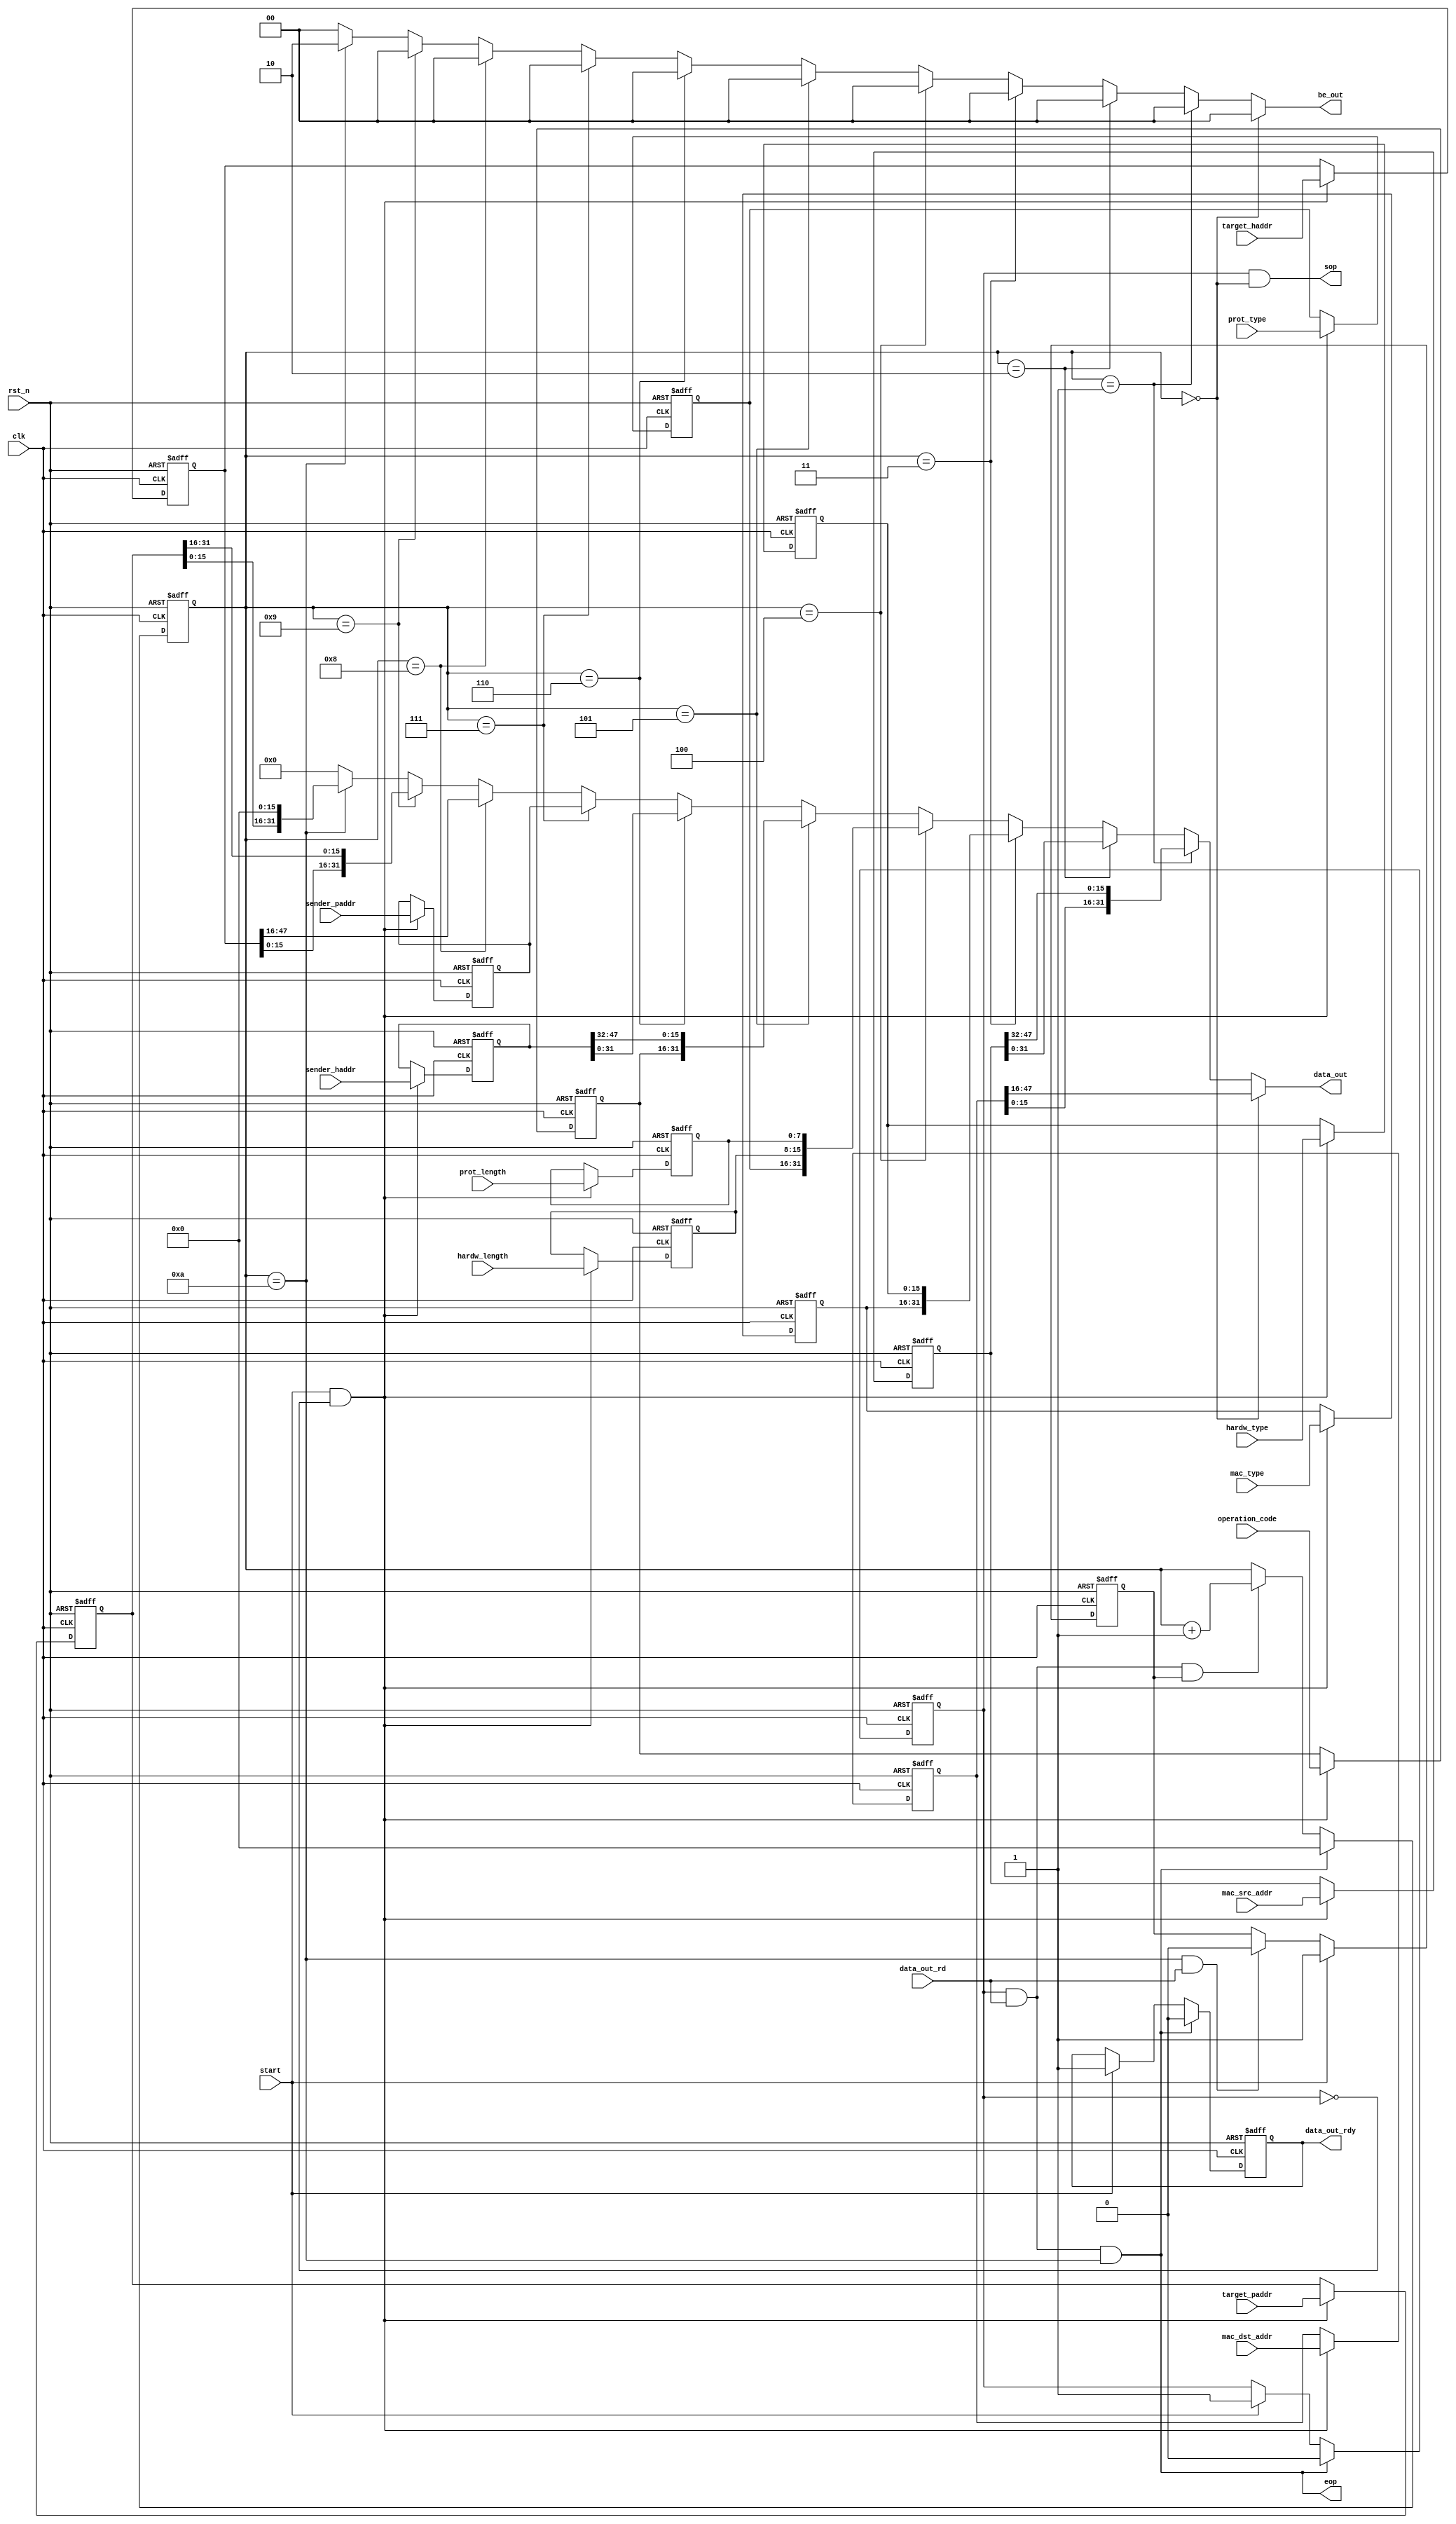
module arp_transmitter
(
	input				clk
	,input			rst_n
	
	//control signals
	,input					start
	
	//output data + controls
	,output	[31:0]		data_out
	,output	[ 1:0]		be_out
	,output					data_out_rdy
	,input					data_out_rd
	,output					sop
	,output					eop
	
	//
	,input	[47:0]		mac_src_addr
	,input	[47:0]		mac_dst_addr
	,input	[15:0]		mac_type	
	
	//input parameters
	,input	[15:0]		hardw_type
	,input	[15:0]		prot_type
	,input	[ 7:0]		hardw_length
	,input	[ 7:0]		prot_length
	,input	[15:0]		operation_code
	
	,input	[47: 0]		sender_haddr
	,input	[31: 0]		sender_paddr
	,input	[47: 0]		target_haddr
	,input	[31: 0]		target_paddr	
);

reg	[47:0]	mac_src_addr_r;
reg	[47:0]	mac_dst_addr_r;
reg	[15:0]	mac_type_r;

reg	[15:0]	hardw_type_r;
reg	[15:0]	prot_type_r;
reg	[ 7:0]	hardw_length_r;
reg	[ 7:0]	prot_length_r;
reg	[15:0]	operation_code_r;	
	
reg	[47: 0]	sender_haddr_r;
reg	[31: 0]	sender_paddr_r;
reg	[47: 0]	target_haddr_r;
reg	[31: 0]	target_paddr_r;	

//--------------------------------

reg				work_r;
reg				data_out_rdy_r;
wire				stop;
reg	[15:0]	head_ptr;
reg				head_ph;

//--------------------------------

//WORK SIGNAL
always @(posedge clk or negedge rst_n)
	if (!rst_n)				work_r <= 1'b0;
	else if (stop)			work_r <= 1'b0;
	else if (start)		work_r <= 1'b1;
	
//HEADER POINTER
always @(posedge clk or negedge rst_n)
	if (!rst_n)				head_ph <= 1'b0;
	else if (start)		head_ph <= 1'b1;
	else if ((head_ptr == 16'd10) & data_out_rd)
								head_ph <= 1'b0;
	
//HEADER POINTER
always @(posedge clk or negedge rst_n)
	if (!rst_n)													head_ptr <= 16'b0;
	else if (stop)												head_ptr <= 16'b0;
	else if (work_r & data_out_rd & head_ph)			head_ptr <= head_ptr + 4'd1;
	
//START OPERATION
assign sop = work_r & (head_ptr == 16'd0);

//END OPERATION
assign eop = stop;

assign data_out	 		=	(head_ptr == 16'd0)  ? mac_dst_addr_r[47:16]:
									(head_ptr == 16'd1)  ? {mac_dst_addr_r[15: 0], mac_src_addr_r[47:32]}:
									(head_ptr == 16'd2)  ? mac_src_addr_r[31:0]:
									(head_ptr == 16'd3)  ? {mac_type_r, hardw_type_r}:
									(head_ptr == 16'd4)  ? {prot_type_r, hardw_length_r, prot_length_r}:
									(head_ptr == 16'd5)  ? {operation_code_r, sender_haddr_r[47:32]}:
									(head_ptr == 16'd6)  ? {sender_haddr_r[31:0]}:									
									(head_ptr == 16'd7)  ? {sender_paddr_r}:
									(head_ptr == 16'd8)  ? {target_haddr_r[47:16]}:
									(head_ptr == 16'd9)  ? {target_haddr_r[15:0], target_paddr_r[31:16]}:
									(head_ptr == 16'd10) ? {target_paddr_r[15:0], {16{1'b0}}}:
									32'h0;									
									
assign be_out		 		=	(head_ptr == 4'd0)  ? 2'b00:
									(head_ptr == 4'd1)  ? 2'b00:
									(head_ptr == 4'd2)  ? 2'b00:
									(head_ptr == 4'd3)  ? 2'b00:
									(head_ptr == 4'd4)  ? 2'b00:
									(head_ptr == 4'd5)  ? 2'b00:
									(head_ptr == 4'd6)  ? 2'b00:
									(head_ptr == 4'd7)  ? 2'b00:
									(head_ptr == 4'd8)  ? 2'b00:
									(head_ptr == 4'd9)  ? 2'b00:
									(head_ptr == 4'd10) ? 2'b10:									
									2'b00;									

always @(posedge clk or negedge rst_n)
	if (!rst_n)			data_out_rdy_r <= 1'b0;
	else if (stop)		data_out_rdy_r <= 1'b0;
	else if (start)	data_out_rdy_r <= 1'b1;				

assign data_out_rdy = data_out_rdy_r;

assign stop = work_r & data_out_rd & (head_ptr == 16'd10);
//-------------------------------------------------------------------------------------------------------------	

//MAC SOURCE ADDRESS REGISTER
always @(posedge clk or negedge rst_n)
	if (!rst_n)								mac_src_addr_r <= 48'b0;
	else if (start & !work_r)			mac_src_addr_r <= mac_src_addr;

//MAC DESTINATION ADDRESS REGISTER
always @(posedge clk or negedge rst_n)
	if (!rst_n)								mac_dst_addr_r <= 48'b0;
	else if (start & !work_r)			mac_dst_addr_r <= mac_dst_addr;

//MAC TYPE
always @(posedge clk or negedge rst_n)
	if (!rst_n)								mac_type_r <= 16'b0;
	else if (start & !work_r)			mac_type_r <= mac_type;

//-------------------------------------------------------------------------------------------------------------
//HARDWARE TYPE
always @(posedge clk or negedge rst_n)
	if (!rst_n)								hardw_type_r <= 16'b0;
	else if (start & !work_r)			hardw_type_r <= hardw_type;
	
//PROTOCOL TYPE	
always @(posedge clk or negedge rst_n)
	if (!rst_n)								prot_type_r <= 16'b0;
	else if (start & !work_r)			prot_type_r <= prot_type;

//HARDWARE LENGTH	
always @(posedge clk or negedge rst_n)
	if (!rst_n)								hardw_length_r <= 8'b0;
	else if (start & !work_r)			hardw_length_r <= hardw_length;
	
//PROTOCOL LENGTH	
always @(posedge clk or negedge rst_n)
	if (!rst_n)								prot_length_r <= 8'b0;
	else if (start & !work_r)			prot_length_r <= prot_length;
	
//OPERATION CODE	
always @(posedge clk or negedge rst_n)
	if (!rst_n)								operation_code_r <= 16'b0;
	else if (start & !work_r)			operation_code_r <= operation_code;
	
//SENDER HARDWARE(MAC) ADDRESS	
always @(posedge clk or negedge rst_n)
	if (!rst_n)								sender_haddr_r <= 48'b0;
	else if (start & !work_r)			sender_haddr_r <= sender_haddr;
	
//SENDER PROTOCOL(IP) ADDRESS	
always @(posedge clk or negedge rst_n)
	if (!rst_n)								sender_paddr_r <= 32'b0;
	else if (start & !work_r)			sender_paddr_r <= sender_paddr;

//TARGET HARDWARE(MAC) ADDRESS	
always @(posedge clk or negedge rst_n)
	if (!rst_n)								target_haddr_r <= 48'b0;
	else if (start & !work_r)			target_haddr_r <= target_haddr;
	
//SENDER PROTOCOL(IP) ADDRESS	
always @(posedge clk or negedge rst_n)
	if (!rst_n)								target_paddr_r <= 32'b0;
	else if (start & !work_r)			target_paddr_r <= target_paddr;


endmodule